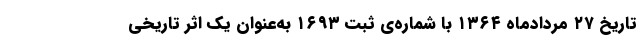
تاریخ ۲۷ مردادماه ۱۳۶۴ با شماره‌ی ثبت ۱۶۹۳ به‌عنوان یک اثر تاریخی